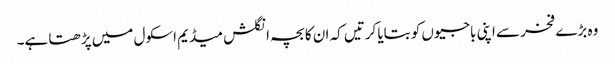
وہ بڑے فخر سے اپنی باجیوں کو بتایا کرتیں کہ ان کا بچہ انگلش میڈیم اسکول میں پڑھتا ہے۔